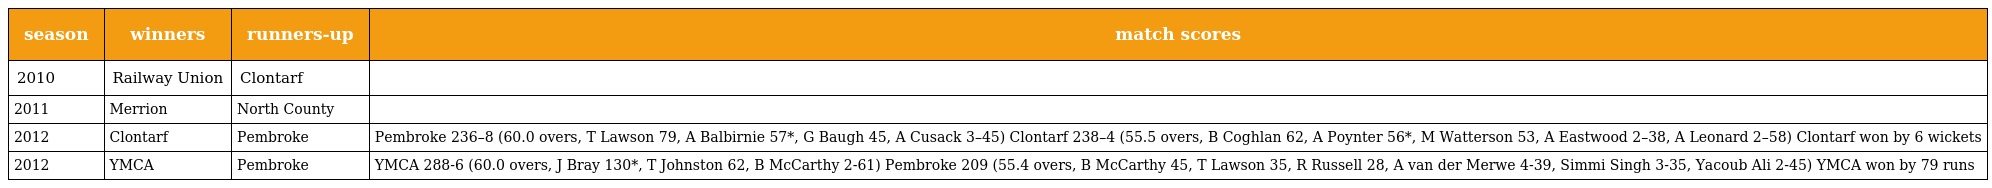
| season | winners | runners-up | match scores |
 | --- | --- | --- | --- |
 | 2010 | Railway Union | Clontarf |  |
 | 2011 | Merrion | North County |  |
 | 2012 | Clontarf | Pembroke | Pembroke 236–8 (60.0 overs, T Lawson 79, A Balbirnie 57*, G Baugh 45, A Cusack 3–45) Clontarf 238–4 (55.5 overs, B Coghlan 62, A Poynter 56*, M Watterson 53, A Eastwood 2–38, A Leonard 2–58) Clontarf won by 6 wickets |
 | 2012 | YMCA | Pembroke | YMCA 288-6 (60.0 overs, J Bray 130*, T Johnston 62, B McCarthy 2-61) Pembroke 209 (55.4 overs, B McCarthy 45, T Lawson 35, R Russell 28, A van der Merwe 4-39, Simmi Singh 3-35, Yacoub Ali 2-45) YMCA won by 79 runs |